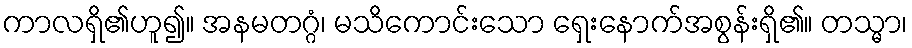
ကာလရှိ၏ဟူ၍။ အနမတဂ္ဂံ၊ မသိကောင်းသော ရှေးနောက်အစွန်းရှိ၏။ တသ္မာ၊